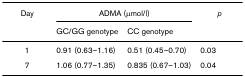
<table><thead><tr><td><b>Day</b></td><td colspan="2"><b>ADMA (μmol/l)</b></td><td><b><i>p</i></b></td></tr><tr><td></td><td><b>GC/GG genotype</b></td><td><b>CC genotype</b></td><td></td></tr></thead><tbody><tr><td>1</td><td>0.91 (0.63–1.16)</td><td>0.51 (0.45–0.70)</td><td>0.03</td></tr><tr><td>7</td><td>1.06 (0.77–1.35)</td><td>0.835 (0.67–1.03)</td><td>0.04</td></tr></tbody></table>